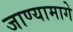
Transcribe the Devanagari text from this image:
जाण्यामागे